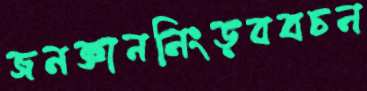
জনজ্ঞাননিংড়ববচন